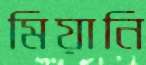
মিয়ানি